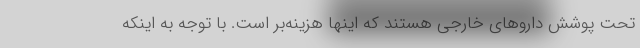
تحت پوشش داروهای خارجی هستند که اینها هزینه‌بر است. با توجه به اینکه